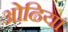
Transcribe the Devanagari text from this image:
ओढिया